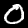
Digit: 0